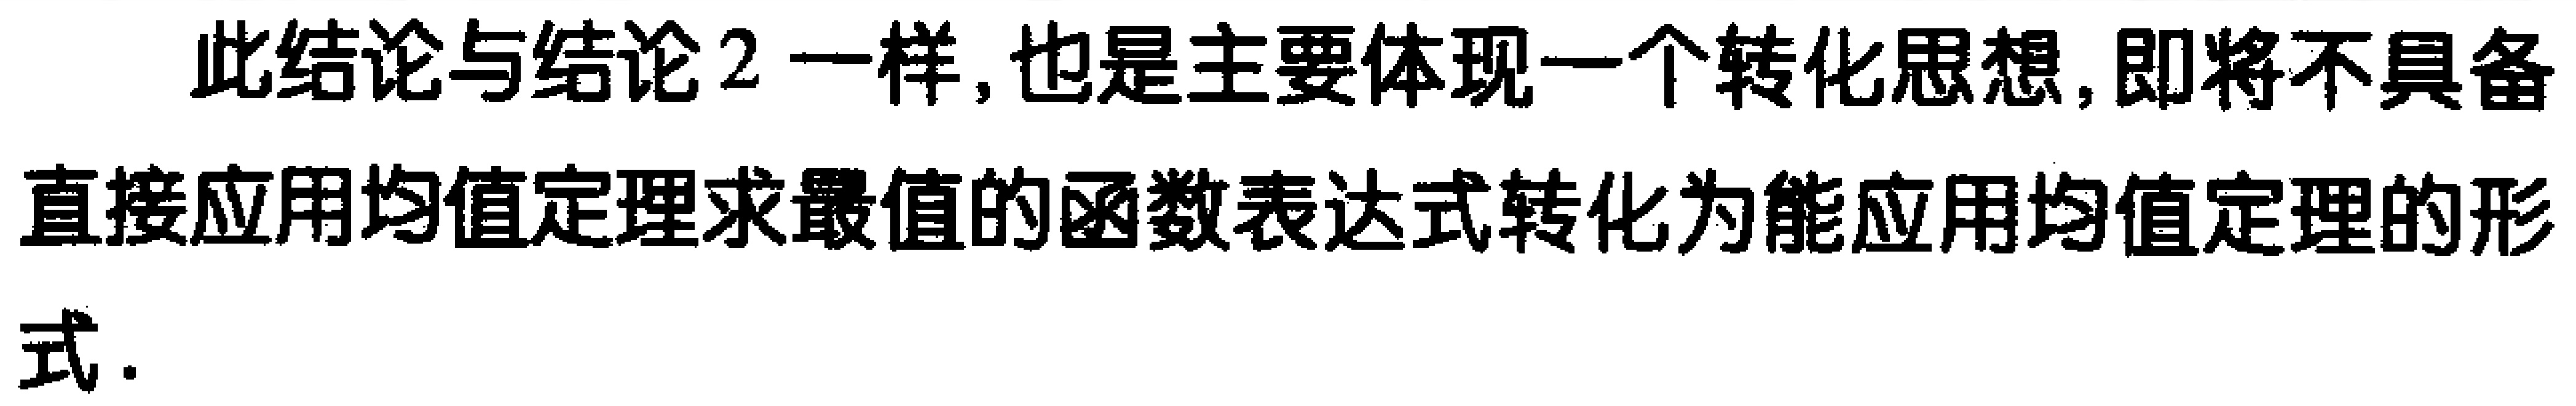
此结论与结论2一样, 也是主要体现一个转化思想, 即将不具备直接应用均值定理求最值的函数表达式转化为能应用均值定理的形式.